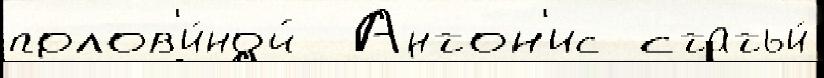
полов'и́ной  Антон'ис статьи́